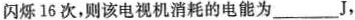
闪烁16次，则该电视机消耗的电能为___J，